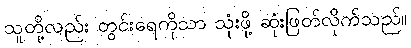
သူတို့လည်း တွင်းရေကိုသာ သုံးဖို့ ဆုံးဖြတ်လိုက်သည်။